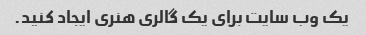
یک وب سایت برای یک گالری هنری ایجاد کنید.